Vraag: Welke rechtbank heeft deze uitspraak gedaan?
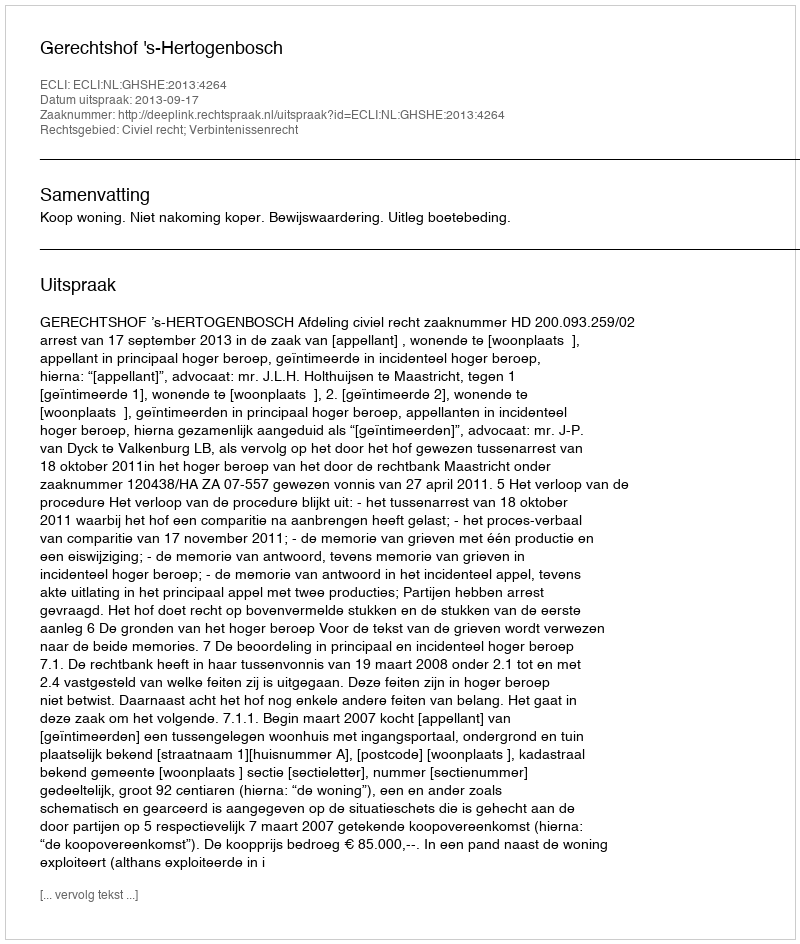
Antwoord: Gerechtshof 's-Hertogenbosch